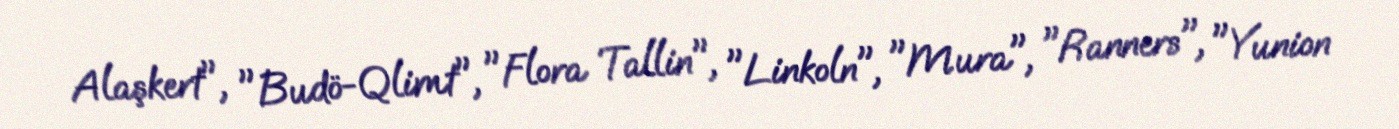
Alaşkert", "Budö-Qlimt", "Flora Tallin", "Linkoln", "Mura", "Ranners", "Yunion